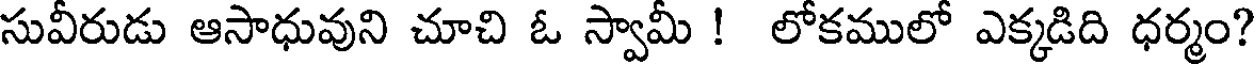
సువీరుడు ఆసాధువుని చూచి ఓ స్వామీ ! లోకములో ఎక్కడిది ధర్మం?